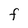
Character: F